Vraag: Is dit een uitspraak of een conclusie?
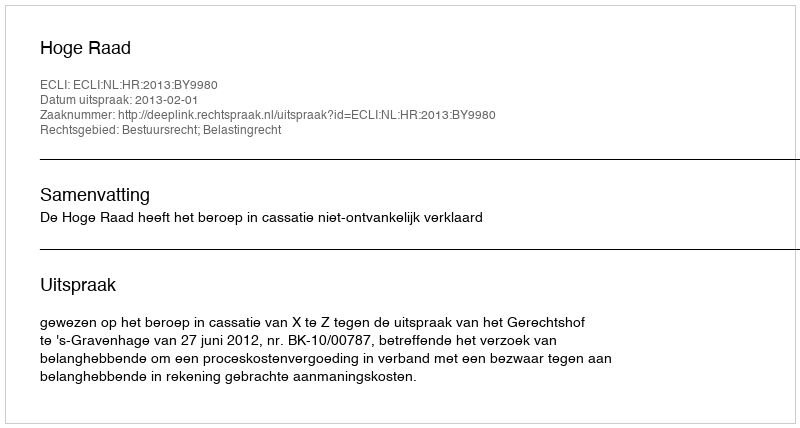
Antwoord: Uitspraak